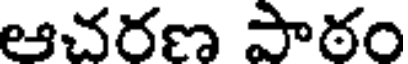
ఆచరణ పాఠం